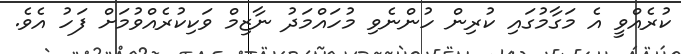
ކުރެއްވީ އެ މަގާމުގައި ކުރިން ހުންނެވި މުހައްމަދު ނާޒިމް ވަކިކުރެއްވުމަށް ފަހު އެވެ.